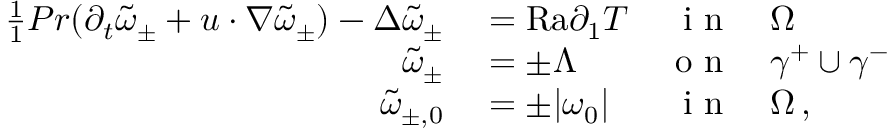
\begin{array} { r l r l } { \frac { 1 } { 1 } { { P r } } ( \partial _ { t } \tilde { \omega } _ { \pm } + u \cdot \nabla \tilde { \omega } _ { \pm } ) - \Delta \tilde { \omega } _ { \pm } } & { { } = \mathrm { { R a } } \partial _ { 1 } T } & { \textnormal { i n } } & { { } \Omega } \\ { \tilde { \omega } _ { \pm } } & { { } = \pm \Lambda } & { \textnormal { o n } } & { { } \gamma ^ { + } \cup \gamma ^ { - } } \\ { \tilde { \omega } _ { \pm , 0 } } & { { } = \pm | \omega _ { 0 } | } & { \textnormal { i n } } & { { } \Omega \, , } \end{array}